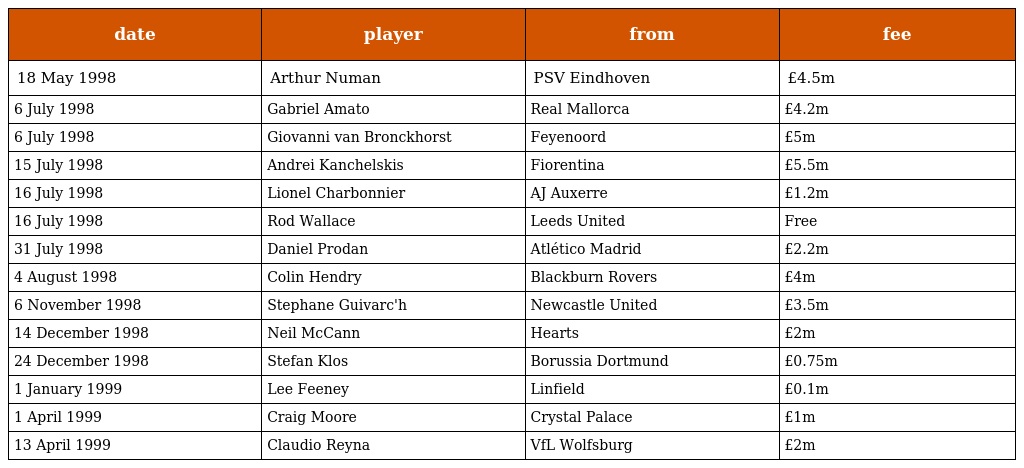
| date | player | from | fee |
 | --- | --- | --- | --- |
 | 18 May 1998 | Arthur Numan | PSV Eindhoven | £4.5m |
 | 6 July 1998 | Gabriel Amato | Real Mallorca | £4.2m |
 | 6 July 1998 | Giovanni van Bronckhorst | Feyenoord | £5m |
 | 15 July 1998 | Andrei Kanchelskis | Fiorentina | £5.5m |
 | 16 July 1998 | Lionel Charbonnier | AJ Auxerre | £1.2m |
 | 16 July 1998 | Rod Wallace | Leeds United | Free |
 | 31 July 1998 | Daniel Prodan | Atlético Madrid | £2.2m |
 | 4 August 1998 | Colin Hendry | Blackburn Rovers | £4m |
 | 6 November 1998 | Stephane Guivarc'h | Newcastle United | £3.5m |
 | 14 December 1998 | Neil McCann | Hearts | £2m |
 | 24 December 1998 | Stefan Klos | Borussia Dortmund | £0.75m |
 | 1 January 1999 | Lee Feeney | Linfield | £0.1m |
 | 1 April 1999 | Craig Moore | Crystal Palace | £1m |
 | 13 April 1999 | Claudio Reyna | VfL Wolfsburg | £2m |